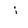
Character: i